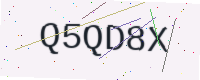
Text: Q5QD8X